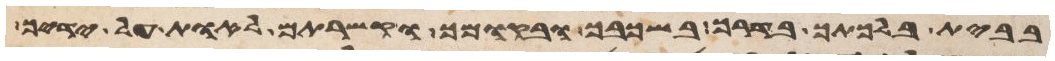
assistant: בבית בלכתך בדרך בשכבך ובקומך וקשרתם לאות על ידיך